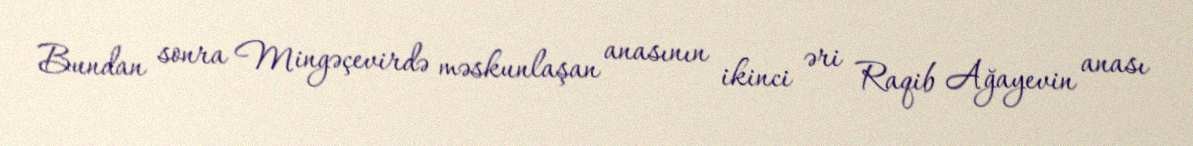
Bundan sonra Mingəçevirdə məskunlaşan anasının ikinci əri Raqib Ağayevin anası